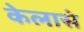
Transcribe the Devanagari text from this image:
केलासे